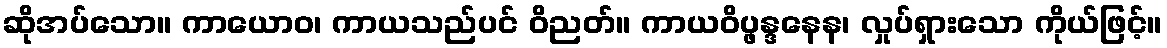
ဆိုအပ်သော။ ကာယောဝ၊ ကာယသည်ပင် ဝိညတ်။ ကာယဝိပ္ဖန္ဒနေန၊ လှုပ်ရှားသော ကိုယ်ဖြင့်။